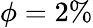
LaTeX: \phi=2\%